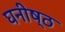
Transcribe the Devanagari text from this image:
घनीष्ठ